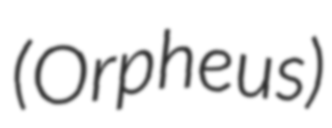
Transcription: (Orpheus)